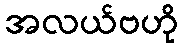
အလယ်ဗဟို